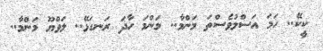
ކީކޭ.. ހަމަ އަސްލުވެސްތަ މަންމާ.. މަންމަ ހާދަ ރަނގަޅޭ.. ލަވްޔޫ މަންމާ..